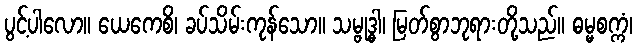
ပွင့်ပါလော။ ယေကေစိ၊ ခပ်သိမ်းကုန်သော။ သမ္ဗုဒ္ဓါ၊ မြတ်စွာဘုရားတို့သည်။ ဓမ္မစက္ကံ၊